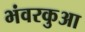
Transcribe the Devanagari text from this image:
भंवरकुआ